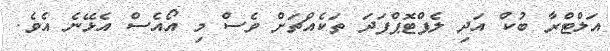
އަލްޓްރާ ބުކް އަދި ލެޕްޓޮޕްފަދަ ތަކެއްޗަށް ވެސް މި އޯއެސް އެޅޭނެ އެވެ.